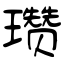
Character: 瓒